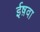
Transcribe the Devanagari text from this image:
ईष़वा